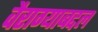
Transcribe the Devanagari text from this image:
वैराग्याबद्दल